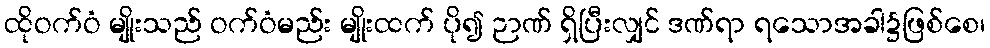
ထိုဝက်ဝံ မျိုးသည် ဝက်ဝံမည်း မျိုးထက် ပို၍ ဉာဏ် ရှိပြီးလျှင် ဒဏ်ရာ ရသောအခါ၌ဖြစ်စေ၊